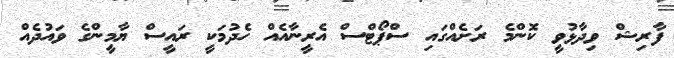
ފާރިޝް ވިދާޅުވީ ކޮންމެ ރަށެއްގައި ސްޕޯޓްސް އެރީނާއެއް ހެދުމަކީ ރައީސް ޔާމީންގެ ވައުދެއް